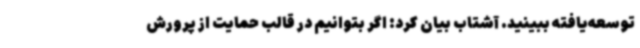
توسعه‌یافته ببینید. آشتاب بیان کرد: اگر بتوانیم در قالب حمایت از پرورش